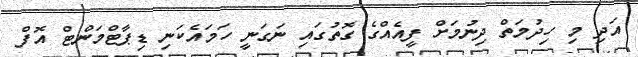
އަދި މި ހިދުމަތް ދިނުމަށް ފީއެއްގެ ގޮތުގައި ނަގަނީ ހަމައެކަނި ޑިޕާޓްމަންޓް އޮފް